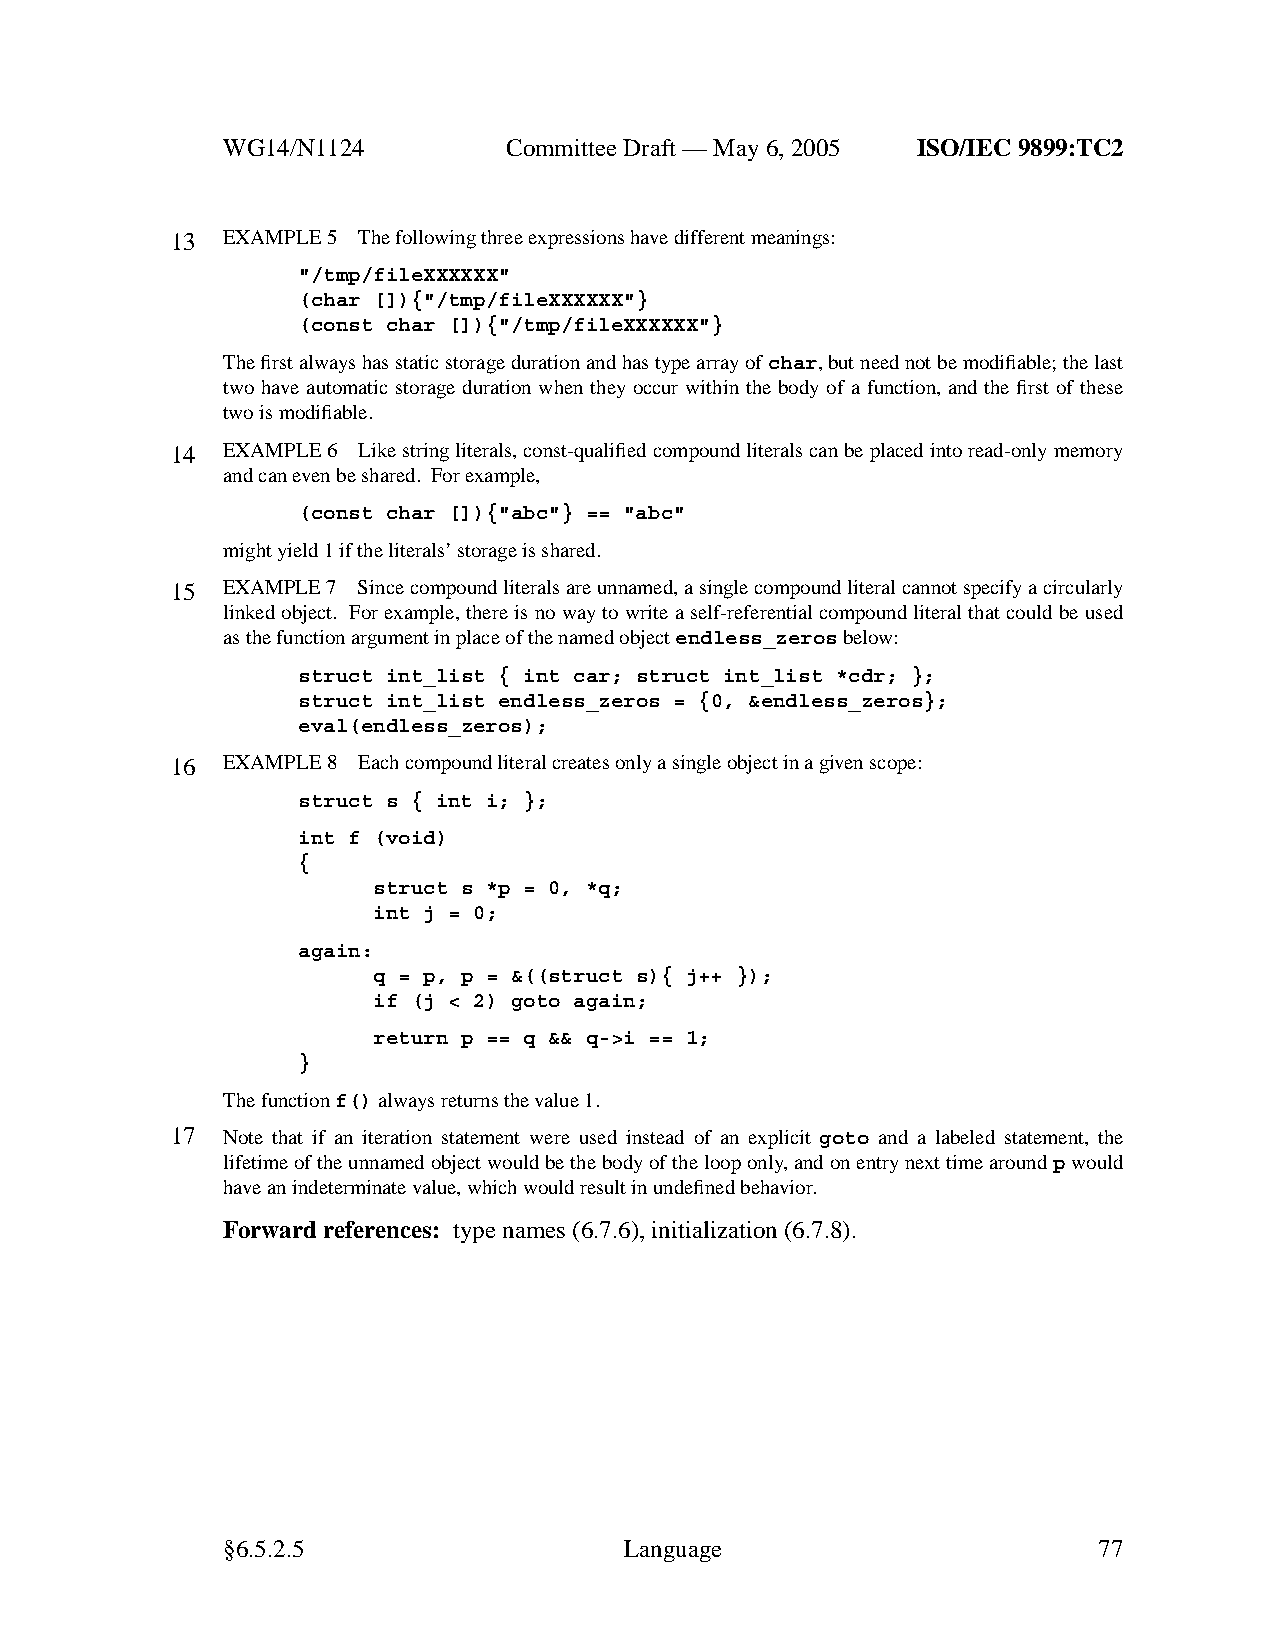
WG14/N1124        CommitteeDraft — May 6, 2005 ISO/IEC 9899:TC2
 13  EXAMPLE 5 The following three expressions have different meanings:
 "/tmp/fileXXXXXX"
 (char []){"/tmp/fileXXXXXX"}
 (const char []){"/tmp/fileXXXXXX"}
 The first always has static storage duration and has type array ofchar,but need not be modifiable; the last
 two hav e automatic storage duration when they occur within the body of a function, and the first of these
 twoismodifiable.
 14  EXAMPLE 6 Likestring literals, const-qualified compound literals can be placed into read-only memory
 and can evenbeshared. For example,
 (const char []){"abc"} == "abc"
 might yield 1 if the literals’ storage is shared.
 15  EXAMPLE 7 Since compound literals are unnamed, a single compound literal cannot specify a circularly
 linked object. For example, there is no way to write a self-referential compound literal that could be used
 as the function argument in place of the named objectendless_zerosbelow:
 struct int_list { int car; struct int_list *cdr; };
 struct int_list endless_zeros = {0, &endless_zeros};
 eval(endless_zeros);
 16  EXAMPLE 8 Each compound literal creates only a single object in a givenscope:
 struct s { int i; };
 int f (void)
 {
 struct s *p = 0, *q;
 int j = 0;
 again:
 q = p, p = &((struct s){ j++ });
 if (j < 2) goto again;
 return p == q && q->i == 1;
 }
 The functionf()always returns the value 1.
 17  Note that if an iteration statement were used instead of an explicit goto and a labeled statement, the
 lifetime of the unnamed object would be the body of the loop only,and on entry next time aroundpwould
 have anindeterminate value, which would result in undefined behavior.
 Forward references: type names (6.7.6), initialization (6.7.8).
 §6.5.2.5                  Language                        77